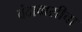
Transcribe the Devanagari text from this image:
वंदावासीचा